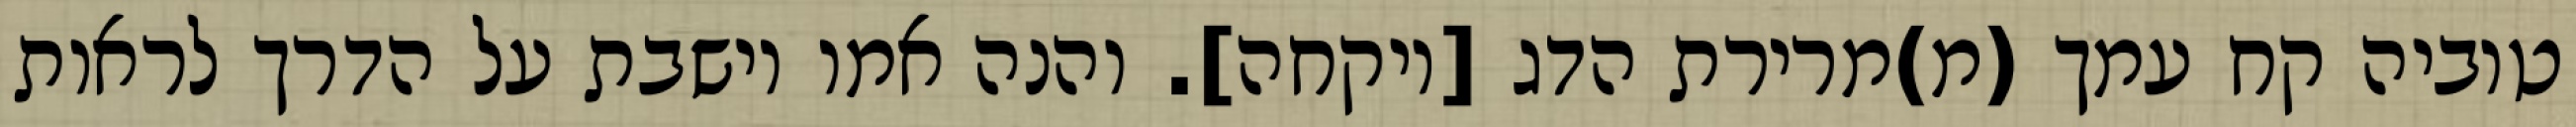
טוביה קח עמך (מ)מרירת הדג [ויקחה]. והנה אמו יושבת על הדרך לראות